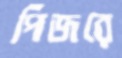
পিঁজরে